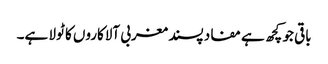
باقی جو کچھ ہے مفاد پسند مغربی آلاکاروں کا ٹولا ہے۔